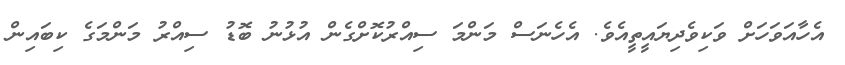
އެހާއަވަހަށް ވަކިވެދިޔައީތީއެވެ. އެހެނަސް މަންމަ ސިއްރުކޮށްގެން އުޅުނު ބޮޑު ސިއްރު މަންމަގެ ކިބައިން